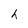
Character: h